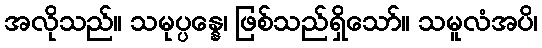
အလိုသည်။ သမုပ္ပန္နေ၊ ဖြစ်သည်ရှိသော်။ သမူလံအပိ၊